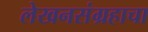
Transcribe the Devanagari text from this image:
लेखनसंग्रहाचा